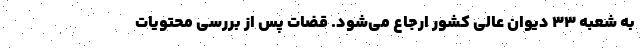
به شعبه ۳۳ دیوان عالی کشور ارجاع می‌شود. قضات پس از بررسی محتویات